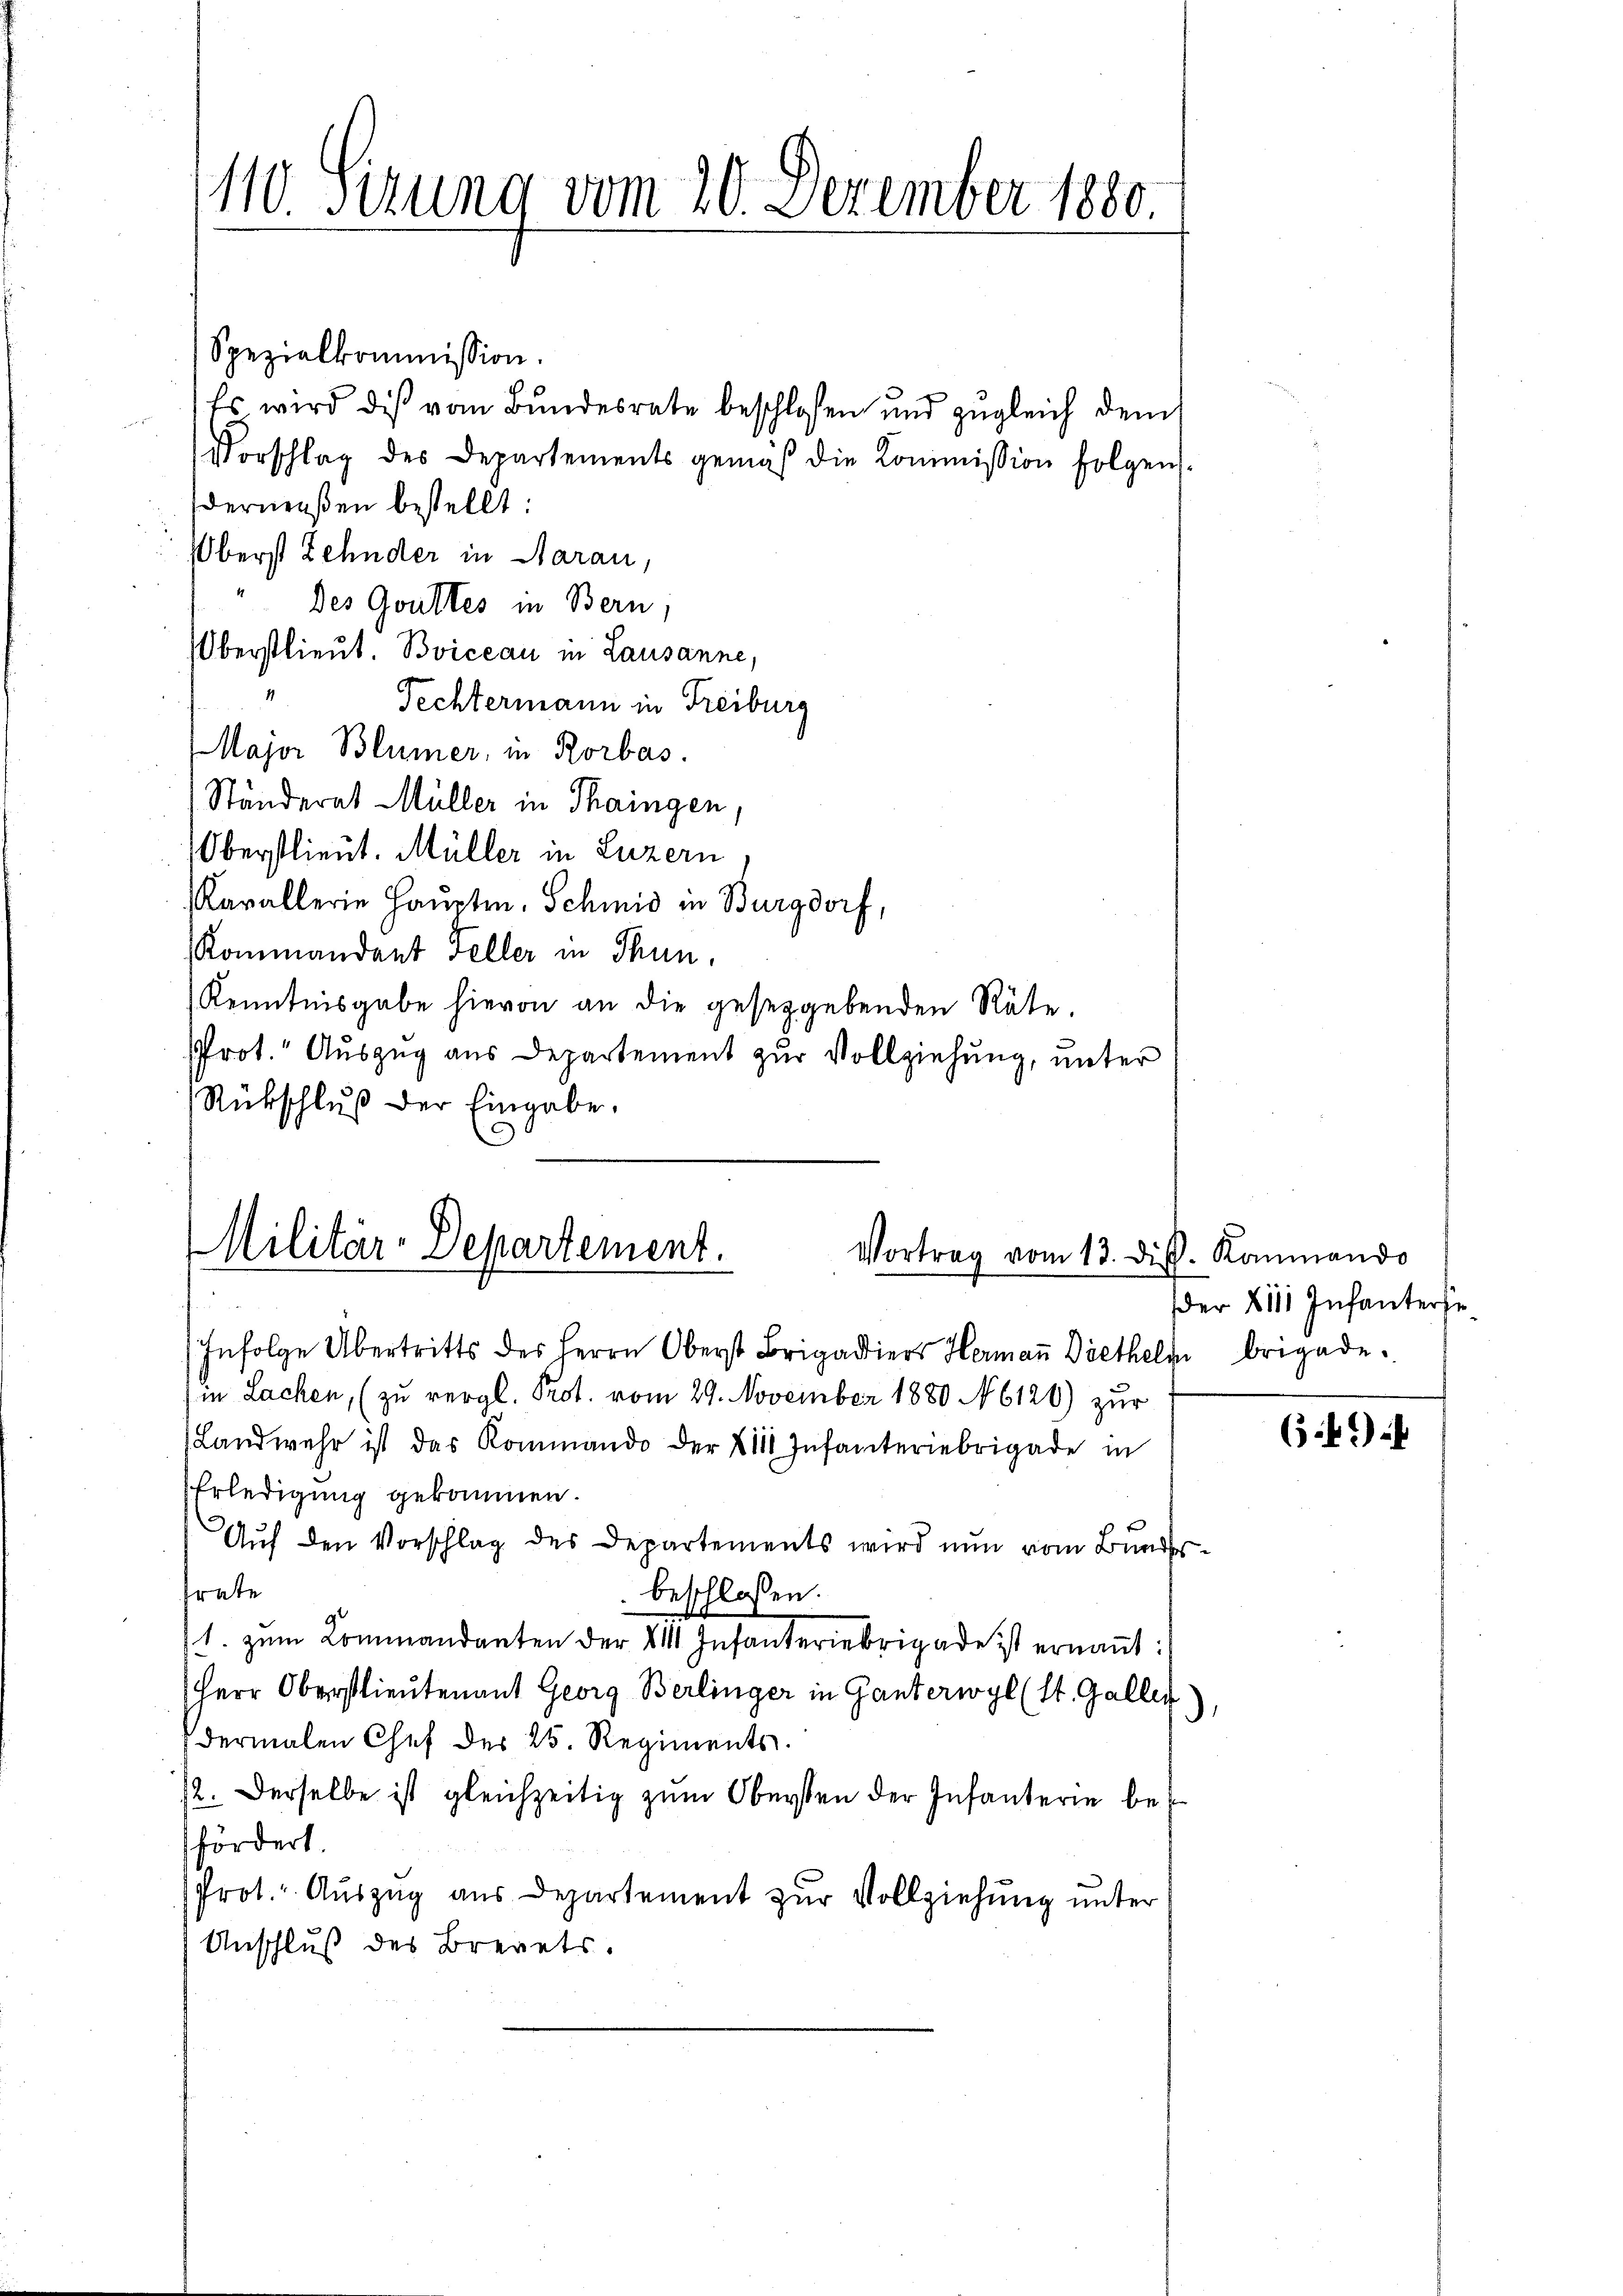
110. Sizung vom 20. Dezember 1880.

Spezialkommission.
Es wird die vom Bundesrate beschlossen und zugleich dem
Vorschlag des Departements gemäß die Kommission folgen.
dermaßen bestellt:
Oberst Zehnder in Aarau,
des Goultes in Bern.
Oberstlieut. Boiceau in Lausanne,
.
Fechtermann in Freiburg
Major Blümer, in Rorbas.
Ständerat Müller in Thaingen
Oberstlieut. Müller in Luzern
Kavallerie Hauptm. Schmid in Burgdorf,
Kommandant Feller in Thun,
Kenntnisgabe hievon an die gesetzgebenden Räte.
Prot. Auszug aus Departement zur Vollziehung, unter
Rückschluß der Eingabe.

Militär-Departement.
Vortrag vom 13. dir. Kommando

Infolge Übertritts des Herrn Oberst Brigadiers Hermaṅ Diethelm brigade.
in Lachen, (zu vergl. Prot. vom 29. November 1880 N 6120) zur
Landwehr ist das Kommando der 2111 Infanteriebrigade in
Erledigung gekommen.
Aŭf den Vorschlag des Departements wird nun vom Bundes
rate
beschlossen.
1. zum Commandanten der VII Infanteriebrigade ist ernannt:
Herr Oberstlieutenant Georg Berlinger in Ganterwyl (St. Galler
.
dermalen Chef der 25. Regiments.
2. Derselbe ist gleichzeitig zum Obersten der Infanterie befördert.
Prot. Auszug aus Departement zur Vollziehung unter
Anschluß des Brevets.

der 2111 Infanterse

64)